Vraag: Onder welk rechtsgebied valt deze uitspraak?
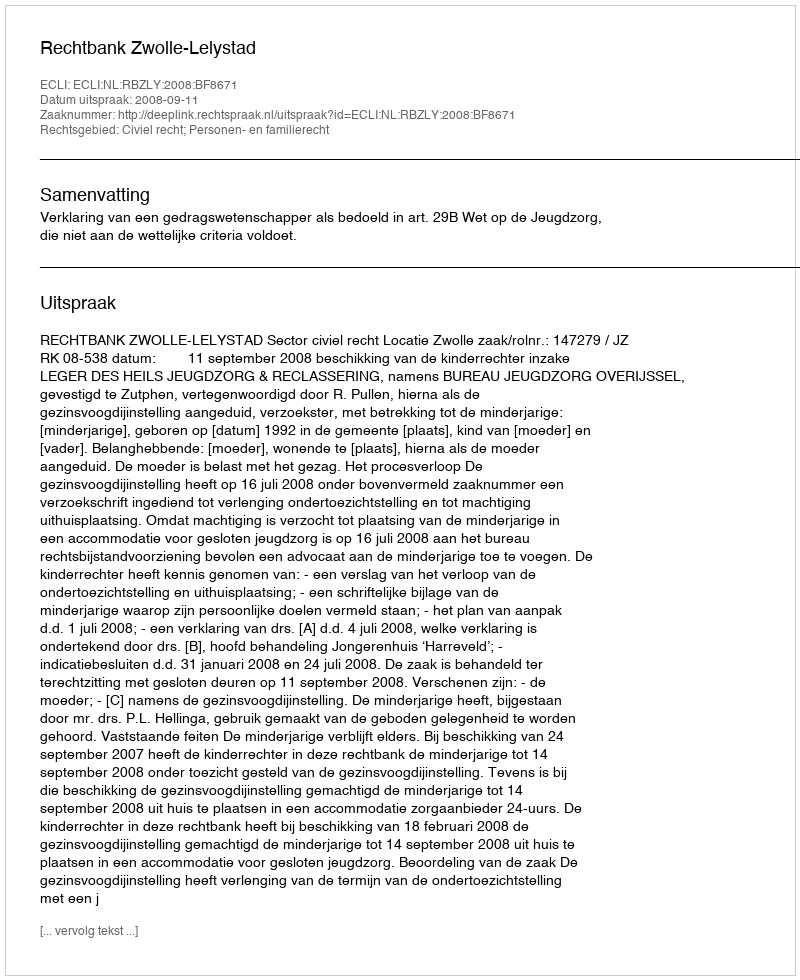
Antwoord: Civiel recht; Personen- en familierecht